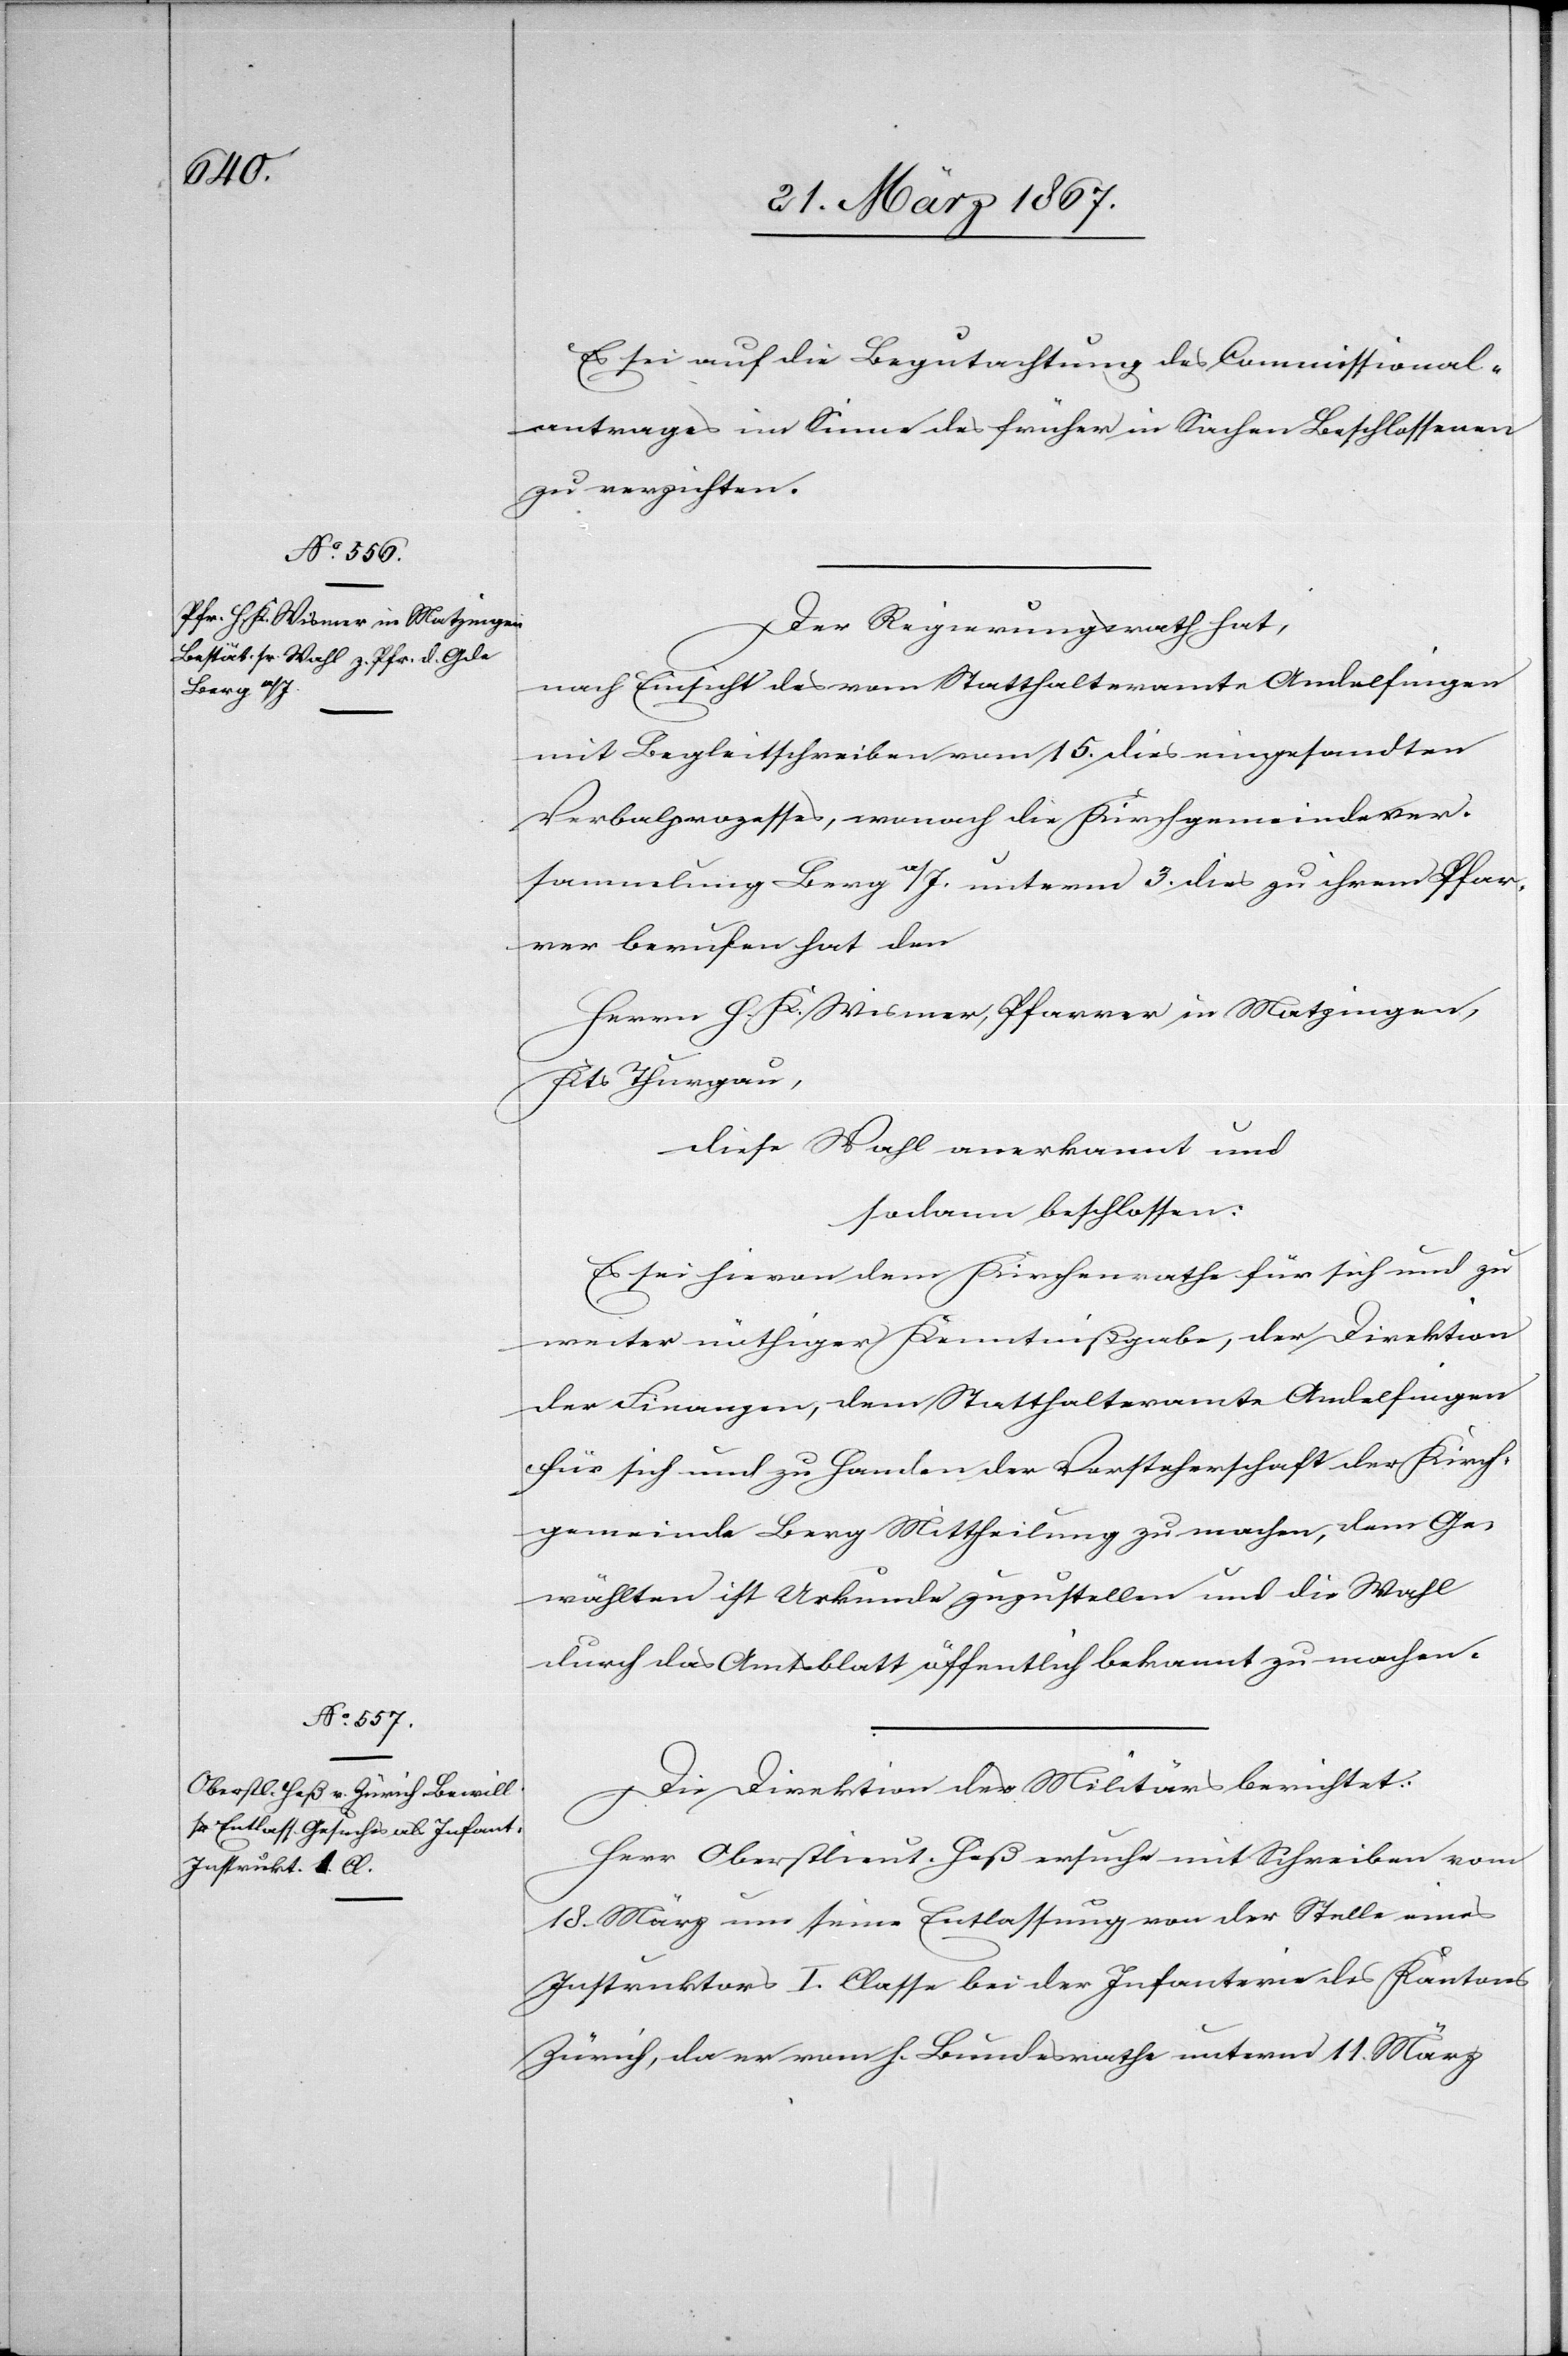
Es sei auf die Begutachtung des Commissional¬
antrages im Sinne des früher in Sachen Beschlossenen
zu verzichten.
Der Regierungsrath hat,
nach Einsicht des vom Statthalteramte Andelfingen
mit Begleitschreiben vom 15. dies eingesandten
Verbalprozesses, wonach die Kirchgemeindever¬
sammlung Berg a/I. unterm 3. dies zu ihrem Pfar¬
rer berufen hat den
Herrn H. K. Wismer, Pfarrer in Matzingen,
Kts. Thurgau,
diese Wahl anerkannt und
sodann beschlossen:
Es sei hievon dem Kirchenrathe für sich und zu
weiter nöthiger Kenntnißgabe, der Direktion
der Finanzen, dem Statthalteramte Andelfingen
für sich und zu Handen der Vorsteherschaft der Kirch¬
gemeinde Berg Mittheilung zu machen, dem Ge¬
wählten ist Urkunde zuzustellen und die Wahl
durch das Amtsblatt öffentlich bekannt zu machen.
Die Direktion des Militärs berichtet:
Herr Oberstlieut. Heß ersuche mit Schreiben vom
18. März um seine Entlassung von der Stelle eines
Instruktors I. Classe bei der Infanterie des Kantons
Zürich, da er vom h. Bundesrathe unterm 11. März